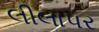
લીલાપર